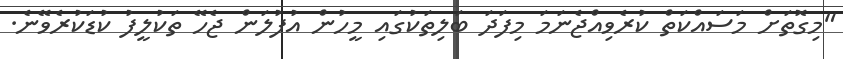
"މިގޮތަށް މަސައްކަތް ކުރެވިއްޖެނަމަ މިފަދަ ބަލިތަކުގައި މީހުން އުފުލަން ޖެހޭ ތަކުލީފު ކުޑަކުރެވޭނެ.